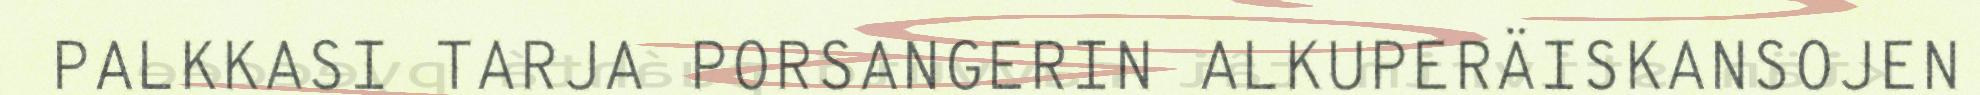
PALKKASI TARJA PORSANGERIN ALKUPERÄISKANSOJEN